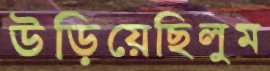
উড়িয়েছিলুম